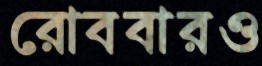
রোববারও